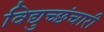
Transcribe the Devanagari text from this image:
विद्युच्छंचारी